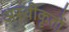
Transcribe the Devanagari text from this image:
अस्‍वीकृतों